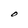
Character: O